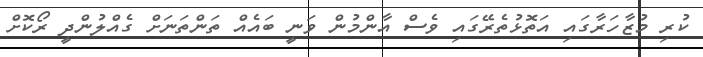
ކުރި މުޒާހަރާގައި އަތޮޅުތެރޭގައި ވެސް އާންމުން ވަނީ ބައެއް ތަންތަނަށް ގެއްލުންދީ ރޯކޮށް